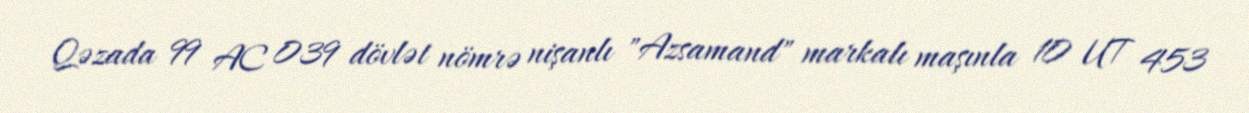
Qəzada 99 AC 039 dövlət nömrə nişanlı "Azsamand" markalı maşınla 10 UT 453